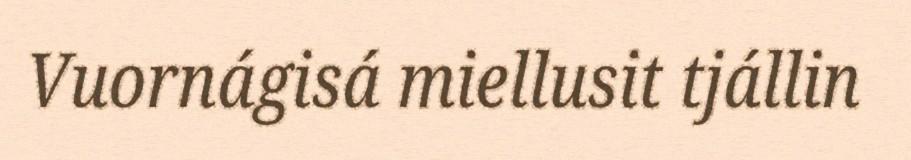
Vuornágisá miellusit tjállin